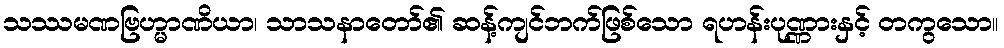
သဿမဏဗြဟ္မာဏိယာ၊ သာသနာတော်၏ ဆန့်ကျင်ဘက်ဖြစ်သော ရဟန်းပုဏ္ဏားနှင့် တကွသော။